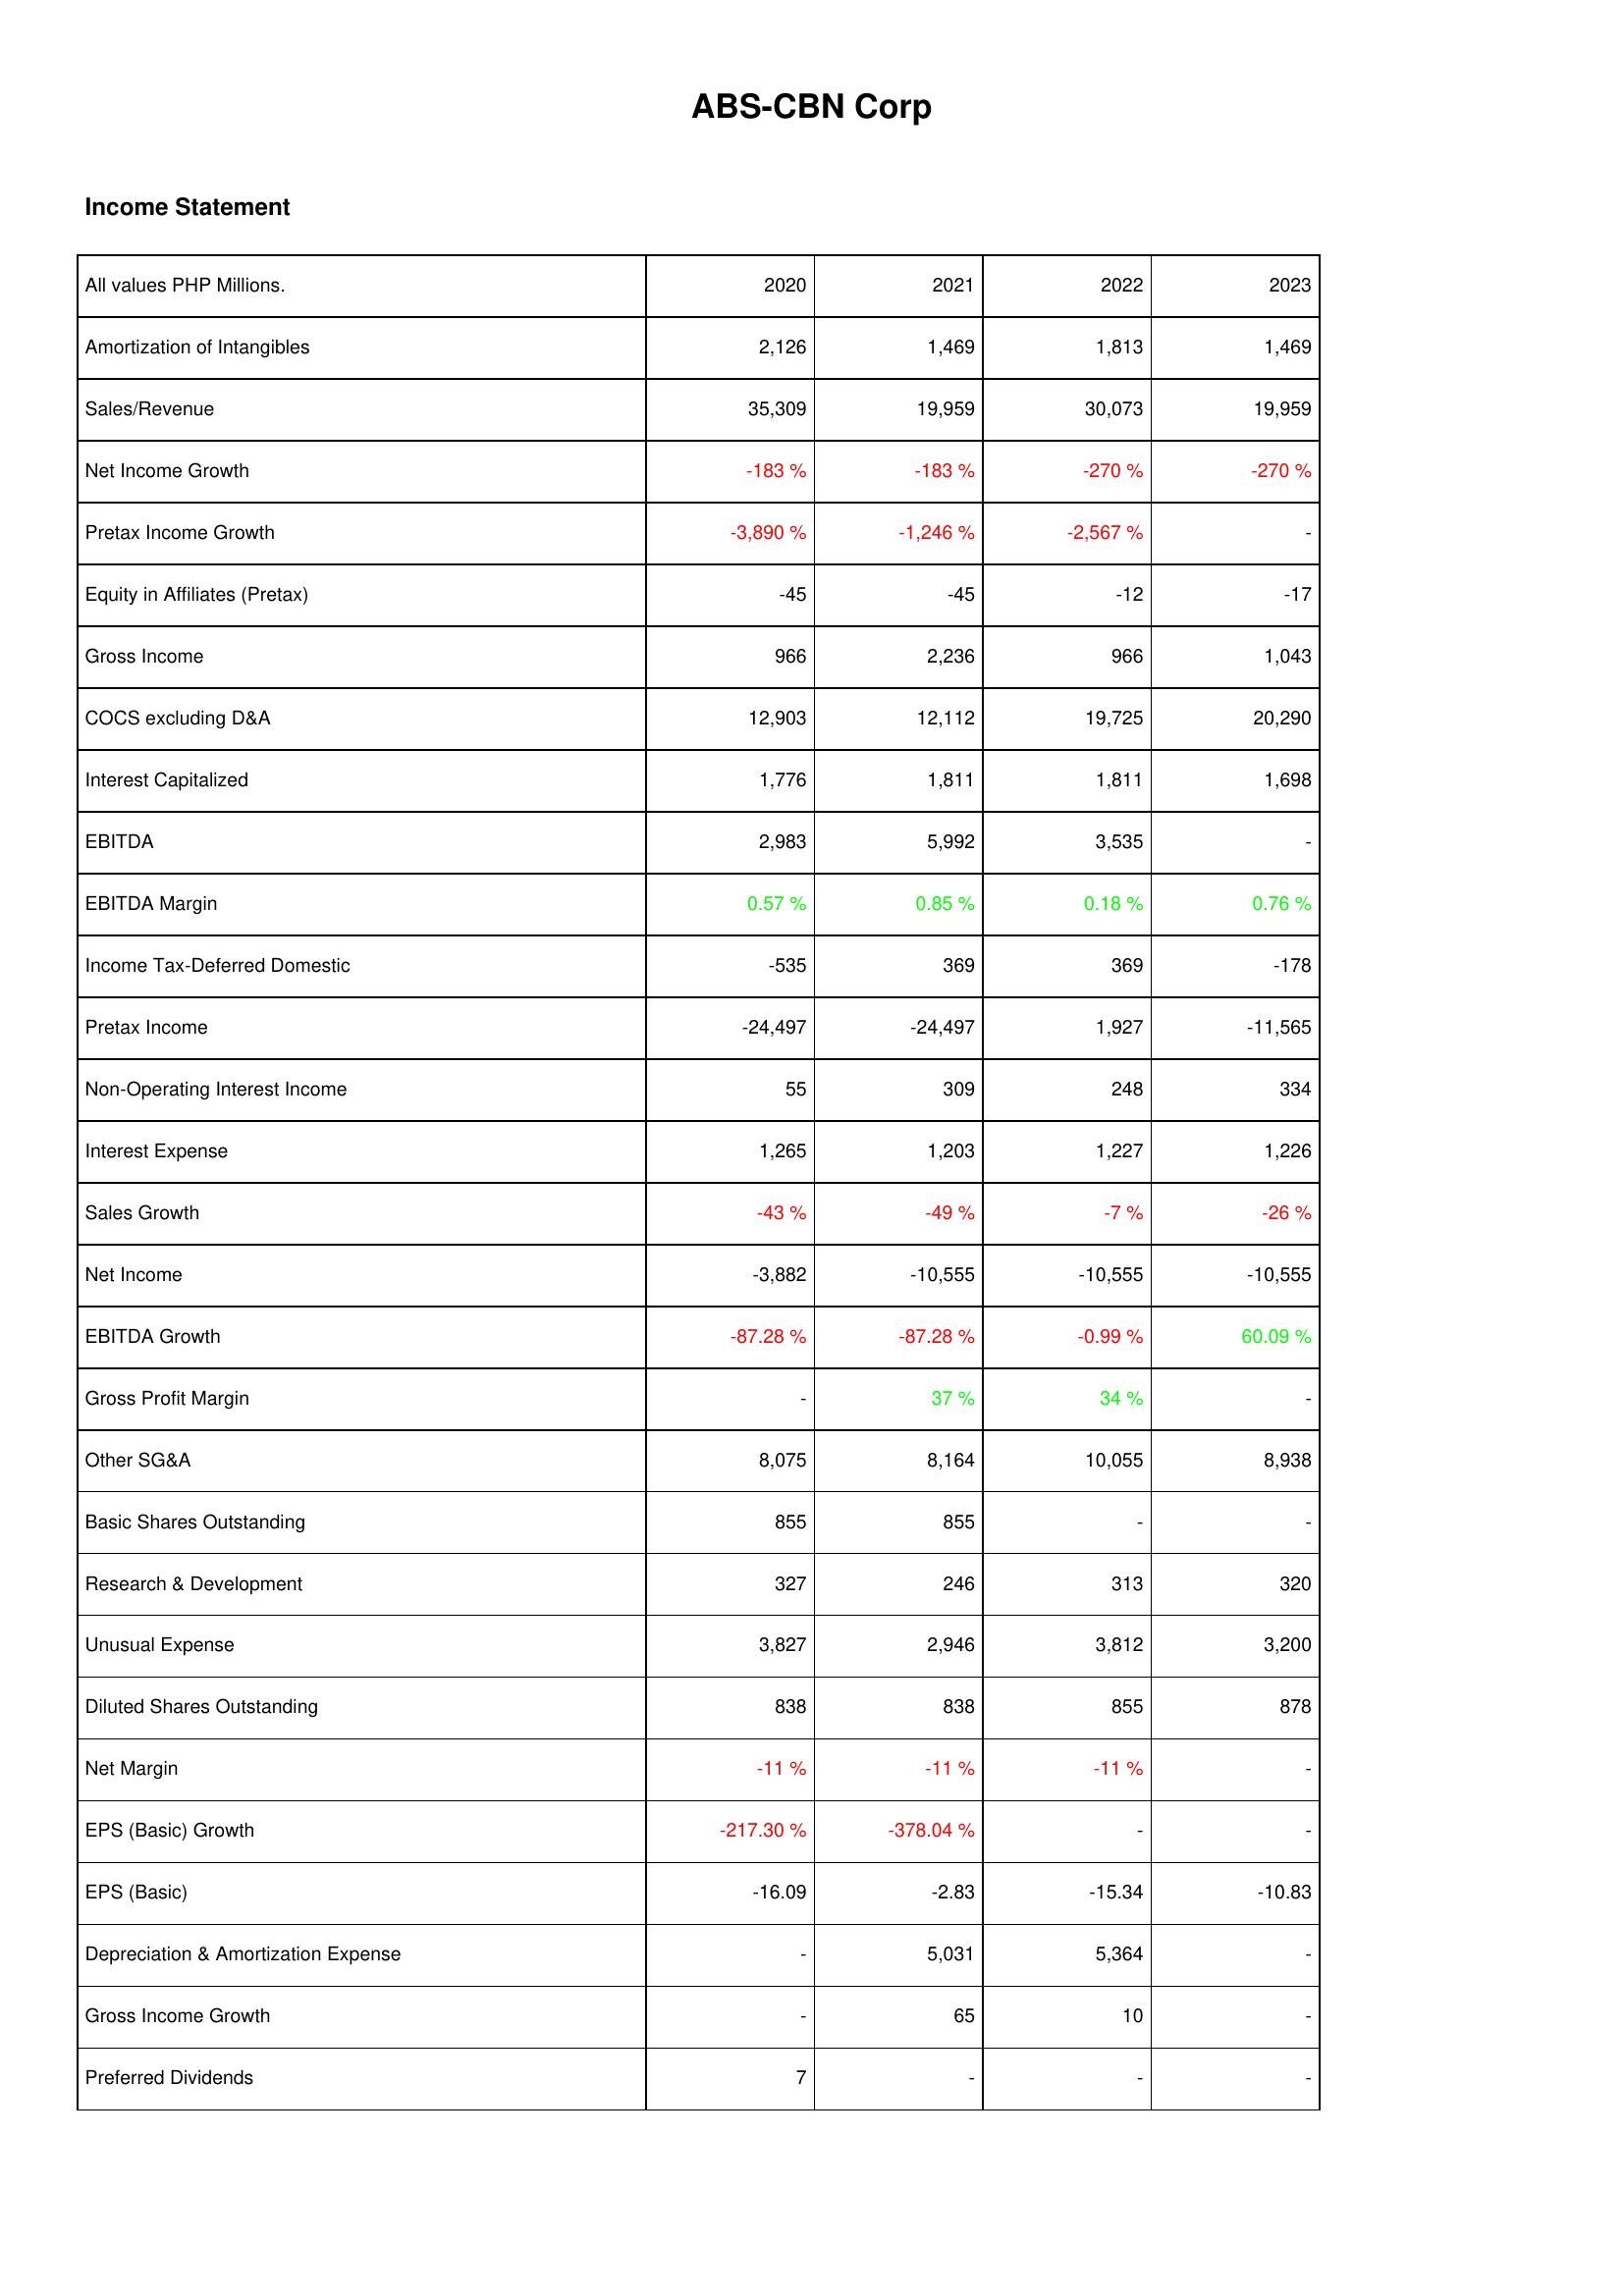
2020: Income Statement: Amortization of Intangibles: 2,126
Sales/Revenue: 35,309
Net Income Growth: -183 %
Pretax Income Growth: -3,890 %
Equity in Affiliates (Pretax): -45
Gross Income: 966
COCS excluding D&A: 12,903
Interest Capitalized: 1,776
EBITDA: 2,983
EBITDA Margin: 0.57 %
Income Tax-Deferred Domestic: -535
Pretax Income: -24,497
Non-Operating Interest Income: 55
Interest Expense: 1,265
Sales Growth: -43 %
Net Income: -3,882
EBITDA Growth: -87.28 %
Gross Profit Margin: -
Other SG&A: 8,075
Basic Shares Outstanding: 855
Research & Development: 327
Unusual Expense: 3,827
Diluted Shares Outstanding: 838
Net Margin: -11 %
EPS (Basic) Growth: -217.30 %
EPS (Basic): -16.09
Depreciation & Amortization Expense: -
Gross Income Growth: -
Preferred Dividends: 7
2021: Income Statement: Amortization of Intangibles: 1,469
Sales/Revenue: 19,959
Net Income Growth: -183 %
Pretax Income Growth: -1,246 %
Equity in Affiliates (Pretax): -45
Gross Income: 2,236
COCS excluding D&A: 12,112
Interest Capitalized: 1,811
EBITDA: 5,992
EBITDA Margin: 0.85 %
Income Tax-Deferred Domestic: 369
Pretax Income: -24,497
Non-Operating Interest Income: 309
Interest Expense: 1,203
Sales Growth: -49 %
Net Income: -10,555
EBITDA Growth: -87.28 %
Gross Profit Margin: 37 %
Other SG&A: 8,164
Basic Shares Outstanding: 855
Research & Development: 246
Unusual Expense: 2,946
Diluted Shares Outstanding: 838
Net Margin: -11 %
EPS (Basic) Growth: -378.04 %
EPS (Basic): -2.83
Depreciation & Amortization Expense: 5,031
Gross Income Growth: 65
Preferred Dividends: -
2022: Income Statement: Amortization of Intangibles: 1,813
Sales/Revenue: 30,073
Net Income Growth: -270 %
Pretax Income Growth: -2,567 %
Equity in Affiliates (Pretax): -12
Gross Income: 966
COCS excluding D&A: 19,725
Interest Capitalized: 1,811
EBITDA: 3,535
EBITDA Margin: 0.18 %
Income Tax-Deferred Domestic: 369
Pretax Income: 1,927
Non-Operating Interest Income: 248
Interest Expense: 1,227
Sales Growth: -7 %
Net Income: -10,555
EBITDA Growth: -0.99 %
Gross Profit Margin: 34 %
Other SG&A: 10,055
Basic Shares Outstanding: -
Research & Development: 313
Unusual Expense: 3,812
Diluted Shares Outstanding: 855
Net Margin: -11 %
EPS (Basic) Growth: -
EPS (Basic): -15.34
Depreciation & Amortization Expense: 5,364
Gross Income Growth: 10
Preferred Dividends: -
2023: Income Statement: Amortization of Intangibles: 1,469
Sales/Revenue: 19,959
Net Income Growth: -270 %
Pretax Income Growth: -
Equity in Affiliates (Pretax): -17
Gross Income: 1,043
COCS excluding D&A: 20,290
Interest Capitalized: 1,698
EBITDA: -
EBITDA Margin: 0.76 %
Income Tax-Deferred Domestic: -178
Pretax Income: -11,565
Non-Operating Interest Income: 334
Interest Expense: 1,226
Sales Growth: -26 %
Net Income: -10,555
EBITDA Growth: 60.09 %
Gross Profit Margin: -
Other SG&A: 8,938
Basic Shares Outstanding: -
Research & Development: 320
Unusual Expense: 3,200
Diluted Shares Outstanding: 878
Net Margin: -
EPS (Basic) Growth: -
EPS (Basic): -10.83
Depreciation & Amortization Expense: -
Gross Income Growth: -
Preferred Dividends: -